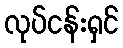
လုပ်ငန်းရှင်